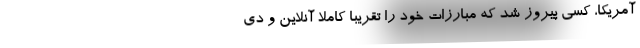
آمریکا، کسی پیروز شد که مبارزات خود را تقریباً کاملاً آنلاین و دی